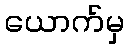
ယောက်မှ